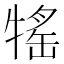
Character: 𤚭